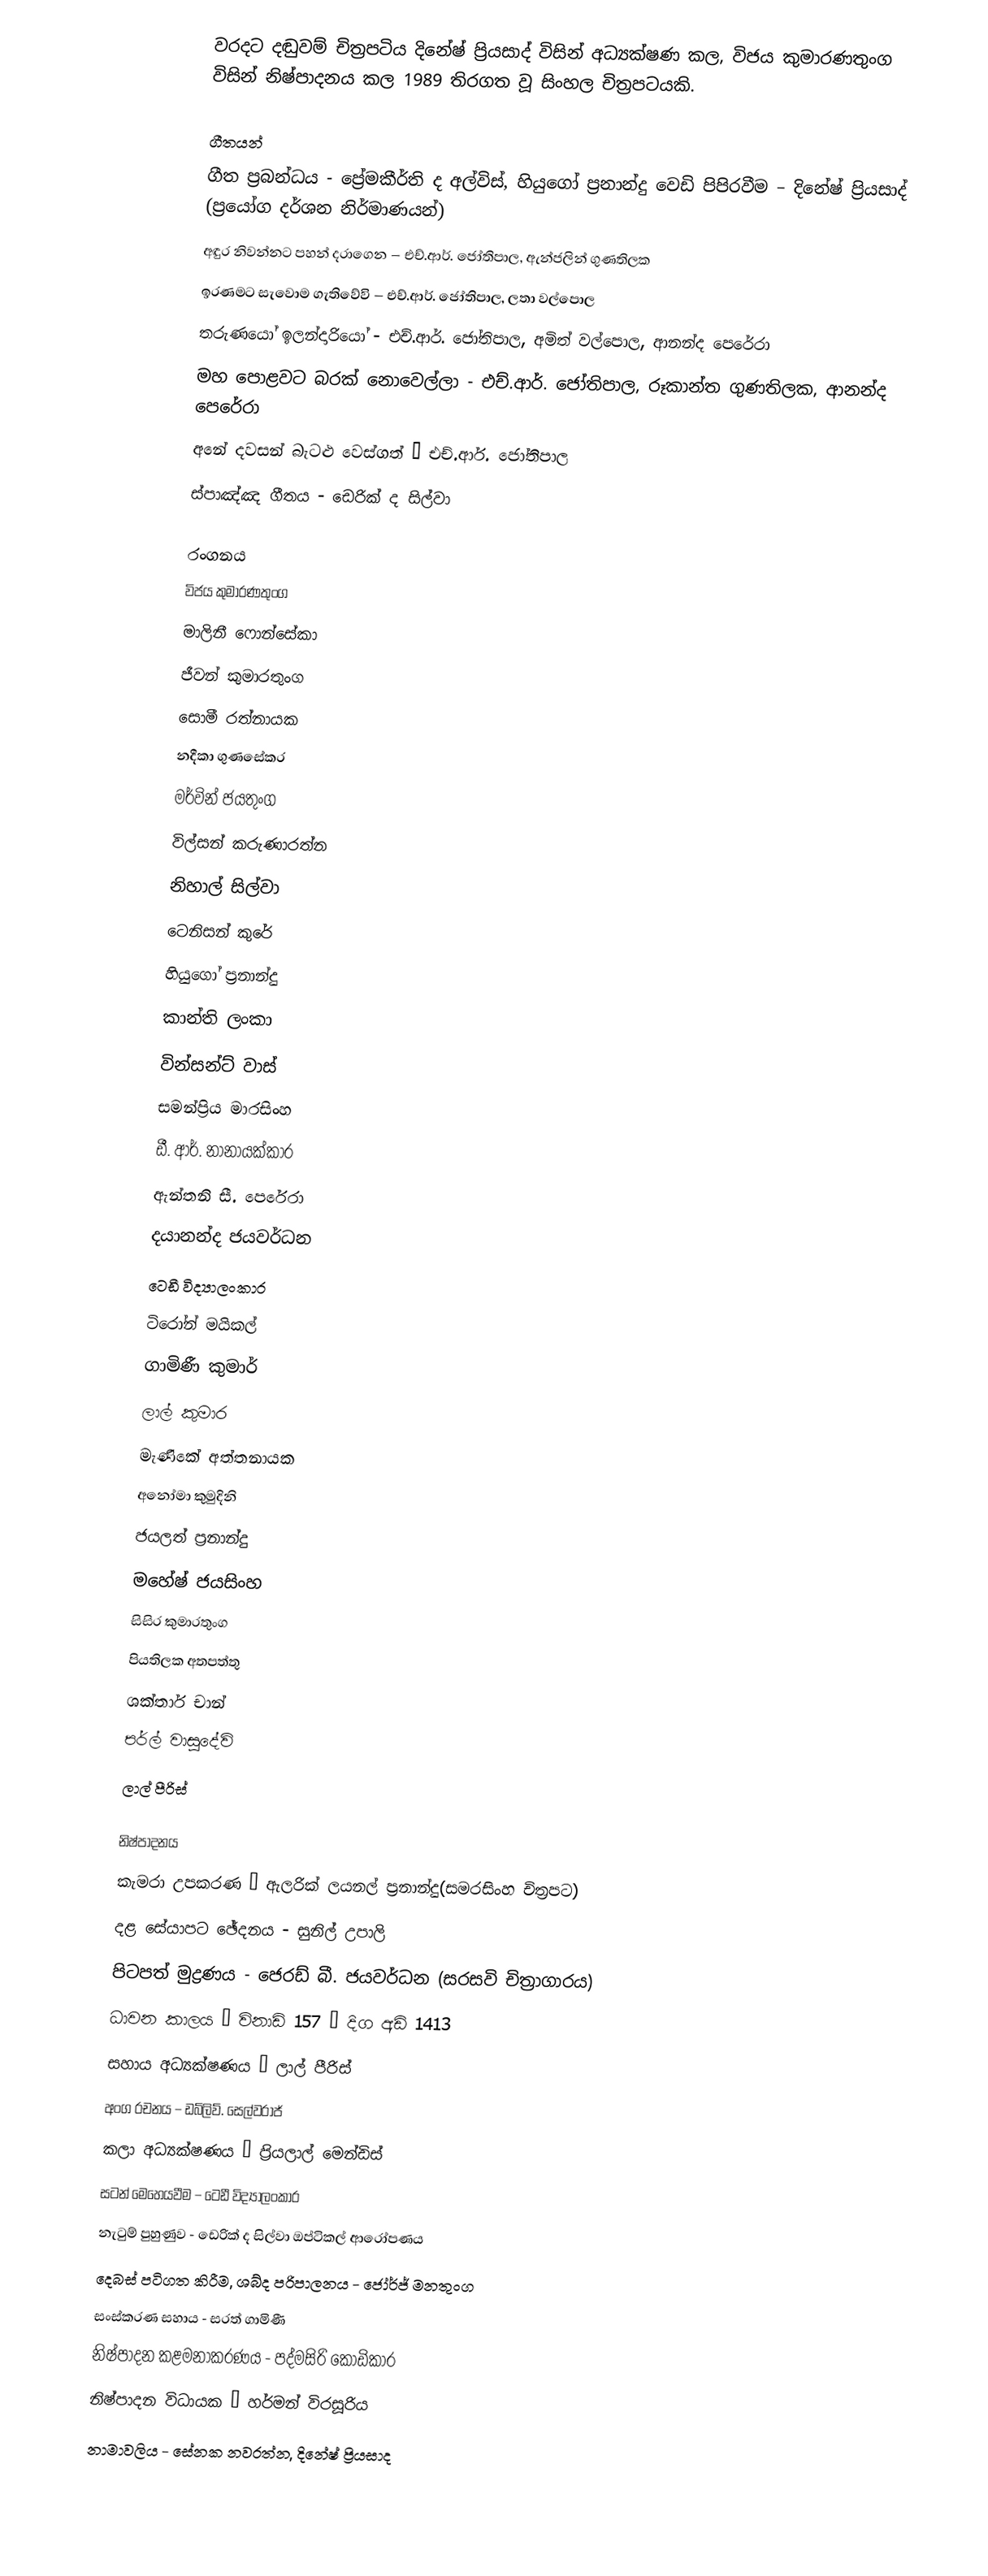
වරදට දඬුවම් චිත්‍රපටිය දිනේෂ් ප්‍රියසාද් විසින් අධ්‍යක්ෂණ කල, විජය කුමාරණතුංග විසින් නිෂ්පාදනය කල 1989 තිරගත වූ සිංහල චිත්‍රපටයකි.

ගීතයන්
ගීත ප්‍රබන්ධය - ප්‍රේමකීර්ති ද අල්විස්, හියුගෝ ප්‍රනාන්දු වෙඩි පිපිරවීම – දිනේෂ් ප්‍රියසාද් (ප්‍රයෝග දර්ශන නිර්මාණයන්)
අඳුර නිවන්නට පහන් දරාගෙන – එච්.ආර්. ජෝතිපාල, ඇන්ජලින් ගුණතිලක
ඉරණමට සැවොම ගැතිවේවි – එච්.ආර්. ජෝතිපාල, ලතා වල්පොල
තරුණයෝ ඉලන්දාරියෝ - එච්.ආර්. ජෝතිපාල, අමිත් වල්පොල, ආනන්ද පෙරේරා
මහ පොළවට බරක් නොවෙල්ලා - එච්.ආර්. ජෝතිපාල, රූකාන්ත ගුණතිලක, ආනන්ද පෙරේරා
අනේ දවසන් බැටළු වෙස්ගත් – එච්.ආර්. ජෝතිපාල
ස්පාඤ්ඤ ගීතය - ඩෙරික් ද සිල්වා

රංගනය
විජය කුමාරණතුංග
මාලිනී ෆොන්සේකා
ජීවන් කුමාරතුංග
සොමී රත්නායක
නදීකා ගුණසේකර
මර්වින් ජයතුංග
විල්සන් කරුණාරත්න
නිහාල් සිල්වා
ටෙනිසන් කුරේ
හියුගෝ ප්‍රනාන්දු
කාන්ති ලංකා
වින්සන්ට් වාස්
සමන්ප්‍රිය මාරසිංහ
ඩී. ආර්. නානායක්කාර
ඇන්තනි සී. පෙරේරා
දයානන්ද ජයවර්ධන
ටෙඩී විද්‍යාලංකාර
ටිරෝන් මයිකල්
ගාමිණී කුමාර්
ලාල් කුමාර
මැණිකේ අත්තනායක
අනෝමා කුමුදිනි
ජයලත් ප්‍රනාන්දු
මහේෂ් ජයසිංහ
සිසිර කුමාරතුංග
පියතිලක අතපත්තු
ශක්තාර් චාන්
පර්ල් වාසුදේවි
ලාල් පීරිස්

නිෂ්පාදනය
කැමරා උපකරණ – ඇලරික් ලයනල් ප්‍රනාන්දු(සමරසිංහ චිත්‍රපට)
දළ සේයාපට ඡේදනය - සුනිල් උපාලි
පිටපත් මුද්‍රණය - ජෙරඩ් බී. ජයවර්ධන (සරසවි චිත්‍රාගාරය)
ධාවන කාලය – විනාඩි 157 – දිග අඩි 1413
සහාය අධ්‍යක්ෂණය – ලාල් පීරිස්
අංග රචනය – ඩබ්ලිව්. සෙල්වරාජ්
කලා අධ්‍යක්ෂණය – ප්‍රියලාල් මෙන්ඩිස්
සටන් මෙහෙයවීම – ටෙඩී විද්‍යාලංකාර
නැටුම් පුහුණුව - ඩෙරික් ද සිල්වා ඔප්ටිකල් ආරෝපණය
දෙබස් පටිගත කිරීම, ශබ්ද පරිපාලනය - ජෝර්ජ් මනතුංග
සංස්කරණ සහාය - සරත් ගාමිණී
නිෂ්පාදන කළමනාකරණය - පද්මසිරි කොඩිකාර
නිෂ්පාදන විධායක – හර්මන් විරසූරිය
නාමාවලිය - සේනක නවරත්න, දිනේෂ් ප්‍රියසාද